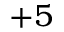
+ 5